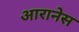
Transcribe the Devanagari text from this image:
आरानेस